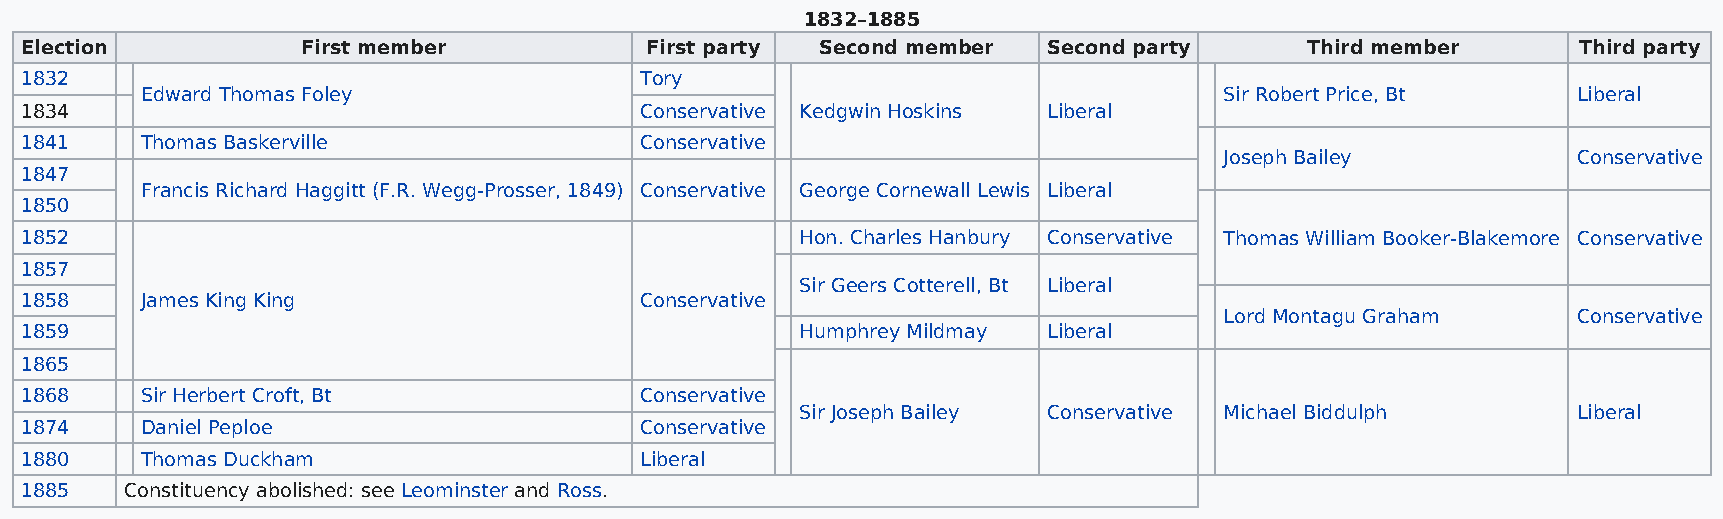
1832–1885
 Election           First member           First party Second member Second party      Third member      Third party
 1832                                     Tory
 Edward Thomas Foley                                                     Sir Robert Price, Bt   Liberal
 1834                                     Conservative Kedgwin Hoskins Liberal
 1841    Thomas Baskerville               Conservative
 Joseph Bailey          Conservative
 1847
 Francis Richard Haggitt (F.R. Wegg-Prosser, 1849) Conservative George Cornewall Lewis Liberal
 1850
 1852                                                Hon. Charles Hanbury Conservative Thomas William Booker-Blakemore Conservative
 1857
 Sir Geers Cotterell, Bt Liberal
 1858    James King King                  Conservative
 Lord Montagu Graham    Conservative
 1859                                                Humphrey Mildmay Liberal
 1865
 1868    Sir Herbert Croft, Bt            Conservative
 Sir Joseph Bailey Conservative Michael Biddulph    Liberal
 1874    Daniel Peploe                    Conservative
 1880    Thomas Duckham                   Liberal
 1885   Constituency abolished: see Leominster and Ross.